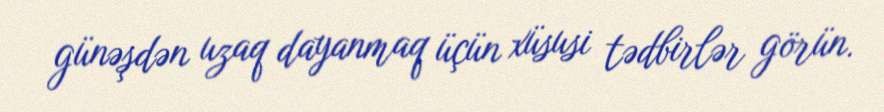
günəşdən uzaq dayanmaq üçün xüsusi tədbirlər görün.